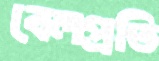
বেলপ্রতি